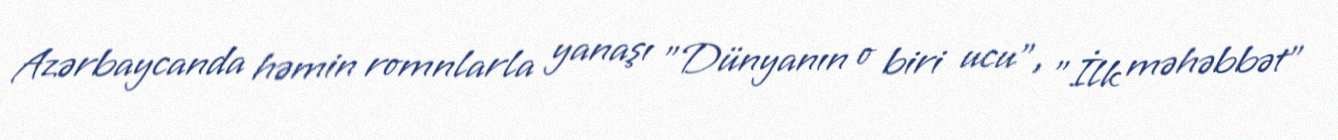
Azərbaycanda həmin romnlarla yanaşı "Dünyanın o biri ucu", "İlk məhəbbət"